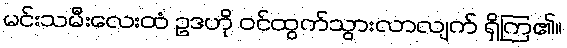
မင်းသမီးလေးထံ ဥဒဟို ဝင်ထွက်သွားလာလျက် ရှိကြ၏။